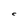
Character: c